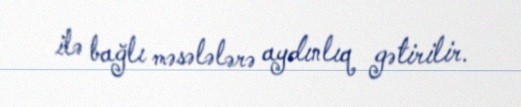
ilə bağlı məsələlərə aydınlıq gətirilir.